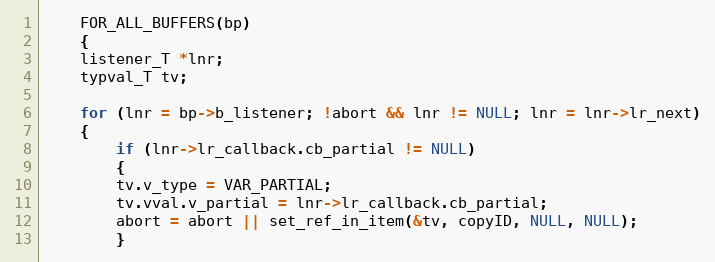
Language: C
    FOR_ALL_BUFFERS(bp)
    {
	listener_T *lnr;
	typval_T tv;

	for (lnr = bp->b_listener; !abort && lnr != NULL; lnr = lnr->lr_next)
	{
	    if (lnr->lr_callback.cb_partial != NULL)
	    {
		tv.v_type = VAR_PARTIAL;
		tv.vval.v_partial = lnr->lr_callback.cb_partial;
		abort = abort || set_ref_in_item(&tv, copyID, NULL, NULL);
	    }